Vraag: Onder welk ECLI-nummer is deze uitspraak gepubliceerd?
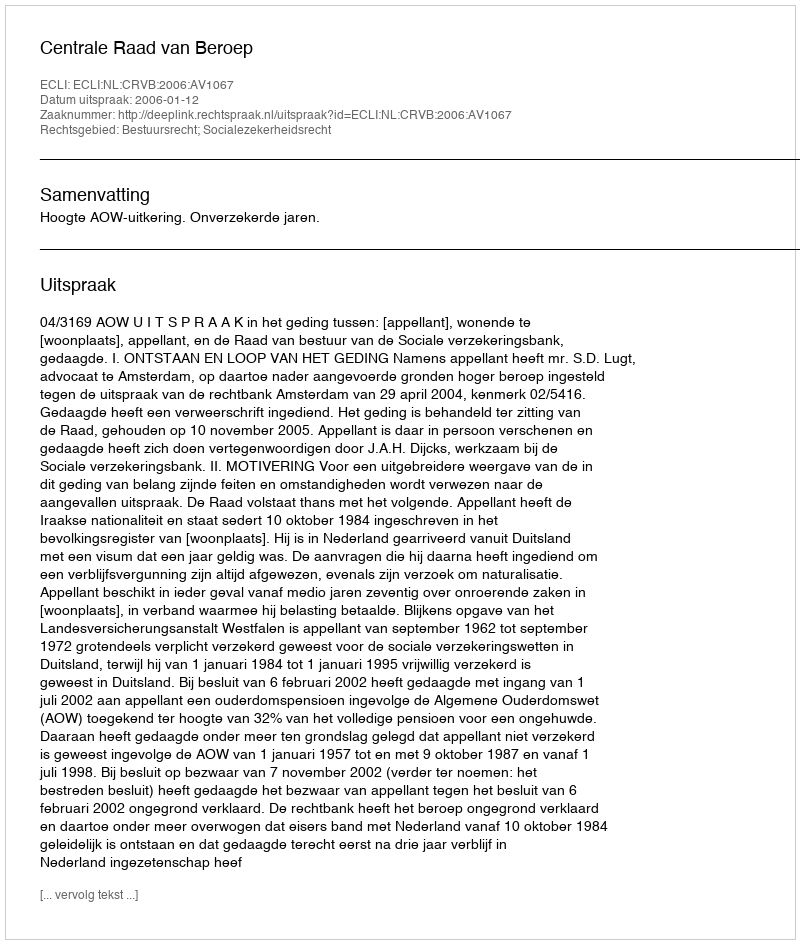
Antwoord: ECLI:NL:CRVB:2006:AV1067